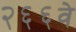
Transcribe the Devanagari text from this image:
२६६वे